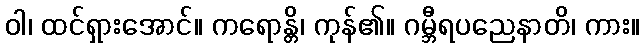
ဝါ၊ ထင်ရှားအောင်။ ကရောန္တိ၊ ကုန်၏။ ဂမ္ဘီရပညေနာတိ၊ ကား။